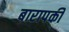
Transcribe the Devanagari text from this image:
बारापकी